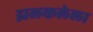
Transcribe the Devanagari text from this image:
झलकलेला